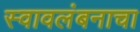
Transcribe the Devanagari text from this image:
स्वावलंबनाचा